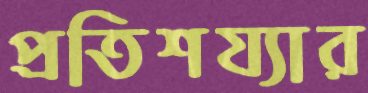
প্রতিশয্যার